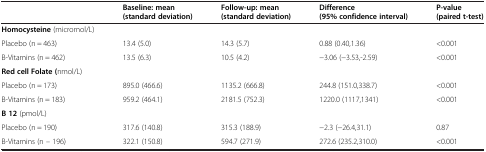
|  | Baseline: mean (standard deviation) | Follow-up: mean (standard deviation) | Difference (95% confidence interval) | P-value (paired t-test) |
 | --- | --- | --- | --- | --- |
 | Homocysteine (micromol/L) |  |  |  |  |
 | Placebo (n = 463) | 13.4 (5.0) | 14.3 (5.7) | 0.88 (0.40,1.36) | <0.001 |
 | B-Vitamins (n = 462) | 13.5 (6.3) | 10.5 (4.2) | −3.06 (−3.53,-2.59) | <0.001 |
 | Red cell Folate (nmol/L) |  |  |  |  |
 | Placebo (n = 173) | 895.0 (466.6) | 1135.2 (666.8) | 244.8 (151.0,338.7) | <0.001 |
 | B-Vitamins (n = 183) | 959.2 (464.1) | 2181.5 (752.3) | 1220.0 (1117,1341) | <0.001 |
 | B 12 (pmol/L) |  |  |  |  |
 | Placebo (n = 190) | 317.6 (140.8) | 315.3 (188.9) | −2.3 (−26.4,31.1) | 0.87 |
 | B-Vitamins (n – 196) | 322.1 (150.8) | 594.7 (271.9) | 272.6 (235.2,310.0) | <0.001 |